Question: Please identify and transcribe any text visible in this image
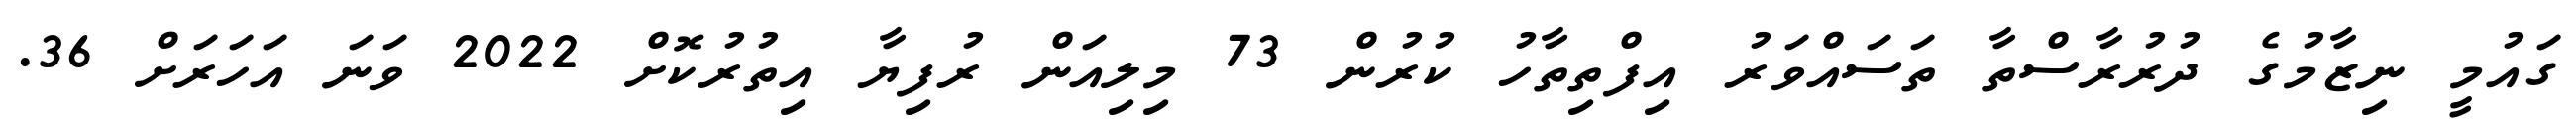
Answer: ގައުމީ ނިޒާމުގެ ދުރުރާސްތާ ތަސައްވަރު އިފްތިތާހު ކުރުން 73 މިލިއަން ރުފިޔާ އިތުރުކޮށް 2022 ވަނަ އަހަރަށް 36.